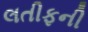
લતીફની